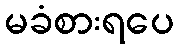
မခံစားရပေ